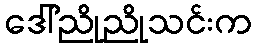
ဒေါ်ညိုညိုသင်းက